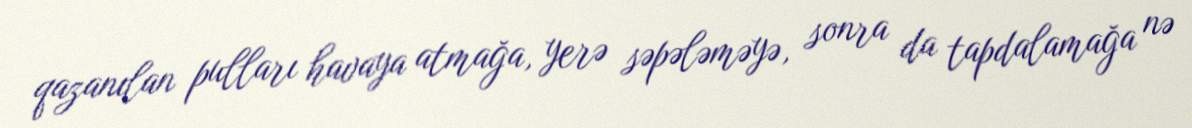
qazanılan pulları havaya atmağa, yerə səpələməyə, sonra da tapdalamağa nə